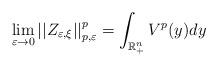
LaTeX: \begin{align*}\lim_{\varepsilon\rightarrow0}\left\vert \left\vert Z_{\varepsilon,\xi}\right\vert \right\vert _{p,\varepsilon}^{p}=\int_{\mathbb{R}_{+}^{n}}V^{p}(y)dy\end{align*}